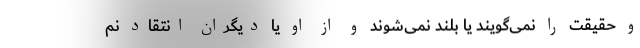
و حقیقت را نمی‌گویند یا بلند نمی‌شوند و از او یا دیگران انتقاد نم